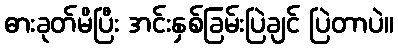
ဓားခုတ်မိပြီး အင်းနှစ်ခြမ်းပြဲချင် ပြဲတာပဲ။